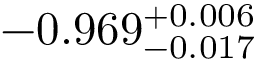
- 0 . 9 6 9 _ { - 0 . 0 1 7 } ^ { + 0 . 0 0 6 }